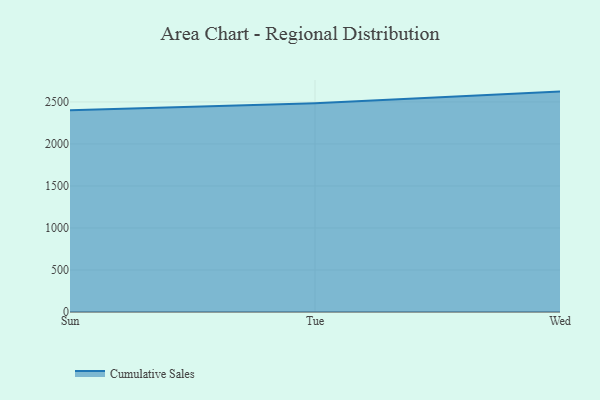
{"axis": {"x": "Day", "y": "LTV (USD)"}, "legend": ["Cumulative Sales"], "data": [{"x": "Sun", "y": 2401.1, "type": "Cumulative Sales"}, {"x": "Tue", "y": 2485.2, "type": "Cumulative Sales"}, {"x": "Wed", "y": 2623.1, "type": "Cumulative Sales"}]}